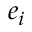
e _ { i }